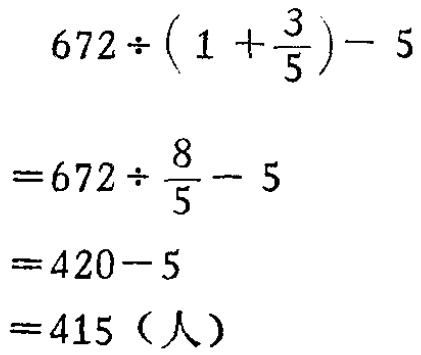
\[

\begin{align*}

&672\div\left(1 + \frac{3}{5}\right)- 5\\

=&672\div\frac{8}{5}- 5\\

=&420 - 5\\

=&415（人）

\end{align*}

\]